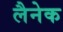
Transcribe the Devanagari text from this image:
लैनेक